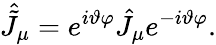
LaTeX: \hat{\tilde{J}}_{\mu}=e^{i\vartheta\varphi}\hat{J}_{\mu}e^{-i\vartheta\varphi}.